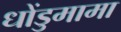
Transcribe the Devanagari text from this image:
धोंडुमामा